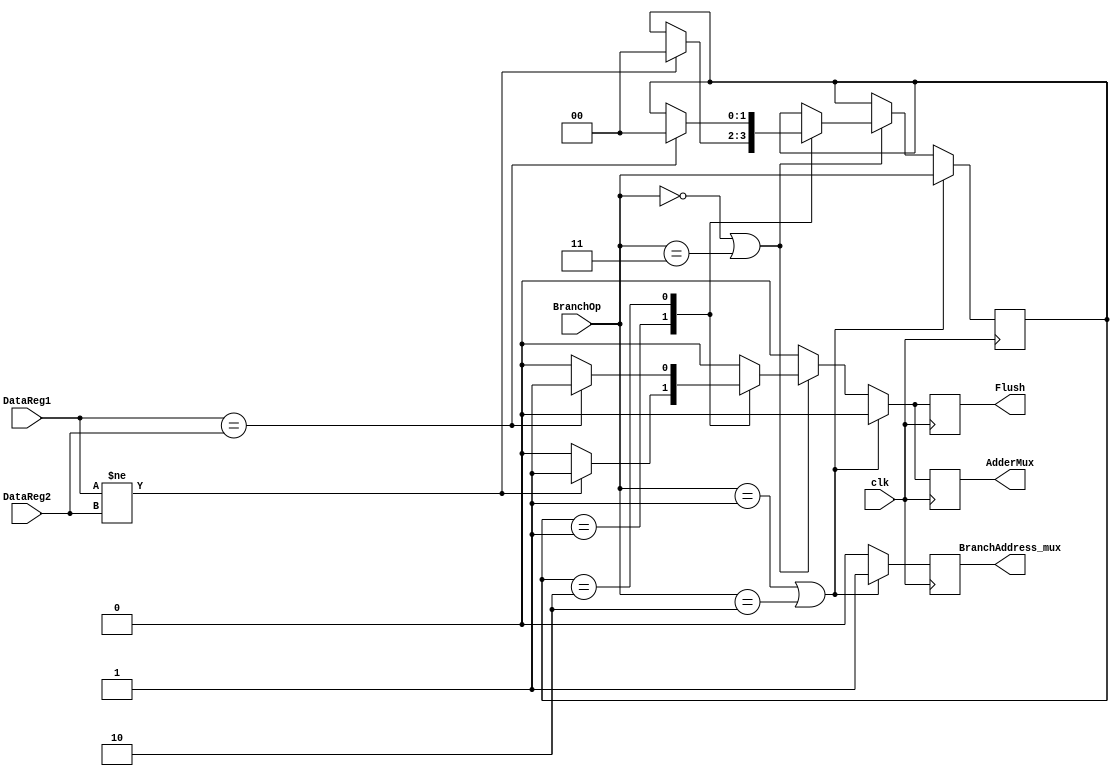
//////////////////////////////////////////////////////////////////////////////////
// TU/e Eindhoven University Of Technology
// Eindhoven, The Netherlands
// 
// Created 14-3-2014
// Author Frank Boerman
//////////////////////////////////////////////////////////////////////////////////
module BRANCH_PREDICTION_CTRL(
        DataReg1,
		  DataReg2,
		  BranchOp,
//		  Address_current,
//		  BranchAddress_old,
		  BranchAddress_mux,
		  AdderMux,
		  Flush,
		  clk
    );
	 //ins and outs
    input  [31:0] DataReg1;
	 input  [31:0] DataReg2;
	 input  [1:0]  BranchOp;
	 input         clk;
//	 input  [31:0] Address_current;
//	 output [31:0] BranchAddress_old;
//	 reg    [31:0] BranchAddress_old;
	 output        BranchAddress_mux;
	 reg           BranchAddress_mux;
	 output        AdderMux;
	 reg           AdderMux;
	 output			Flush;
	 reg				Flush;
	 
	 //for internal use
	 reg    [1:0]  BranchOp_prev;
	 
    always @(posedge clk)//BranchOp or DataReg1 or DataReg2)
	 begin
	   //default
		BranchAddress_mux = 0;
		AdderMux 			= 0;
		Flush 				= 0;
		
		if (BranchOp == 1 || BranchOp == 2) // branch on equal or branch on non equal
		begin
			BranchAddress_mux = 1; //select new addres of the branch
			BranchOp_prev = BranchOp; //save the op code
//			BranchAddress_old = Address_current; //and save the current address
		end
		else if (BranchOp == 0 || BranchOp == 3) //no branch or jump
		begin
			case(BranchOp_prev)//check if there was a branch before
				1: //branch equal
				begin
					if (DataReg1 != DataReg2) //check if the condition to take the branch is false
					begin
						//if so than flush
						Flush = 1;
						//and calculate the correct address
						AdderMux = 1;
						//finally reset the branchop save
						BranchOp_prev = 0;
					end
				end
				2: //branch non equal
				begin //same logic as above
					if (DataReg1 == DataReg2)
					begin
						Flush = 1;
						AdderMux = 1;
						BranchOp_prev = 0;
					end
				end
			endcase
		end

	 end
endmodule